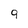
Character: 9